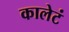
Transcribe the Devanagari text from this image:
कालेटं